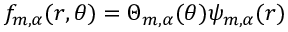
f _ { m , \alpha } ( r , \theta ) = \Theta _ { m , \alpha } ( \theta ) \psi _ { m , \alpha } ( r )